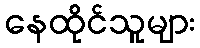
နေထိုင်သူများ